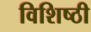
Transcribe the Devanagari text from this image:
विशिष्ठी